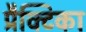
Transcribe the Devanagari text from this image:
प्रैक्टिका